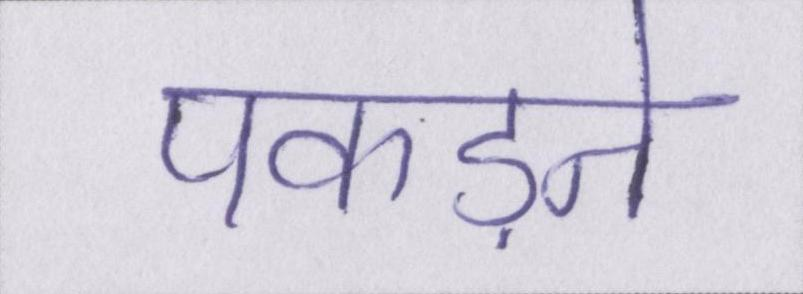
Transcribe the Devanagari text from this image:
पकड़ने